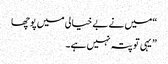
“میں نے بے خیالی میں پوچھا
” یہی تو پتہ نہیں ہے۔